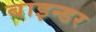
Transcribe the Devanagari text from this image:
बाइन्डर